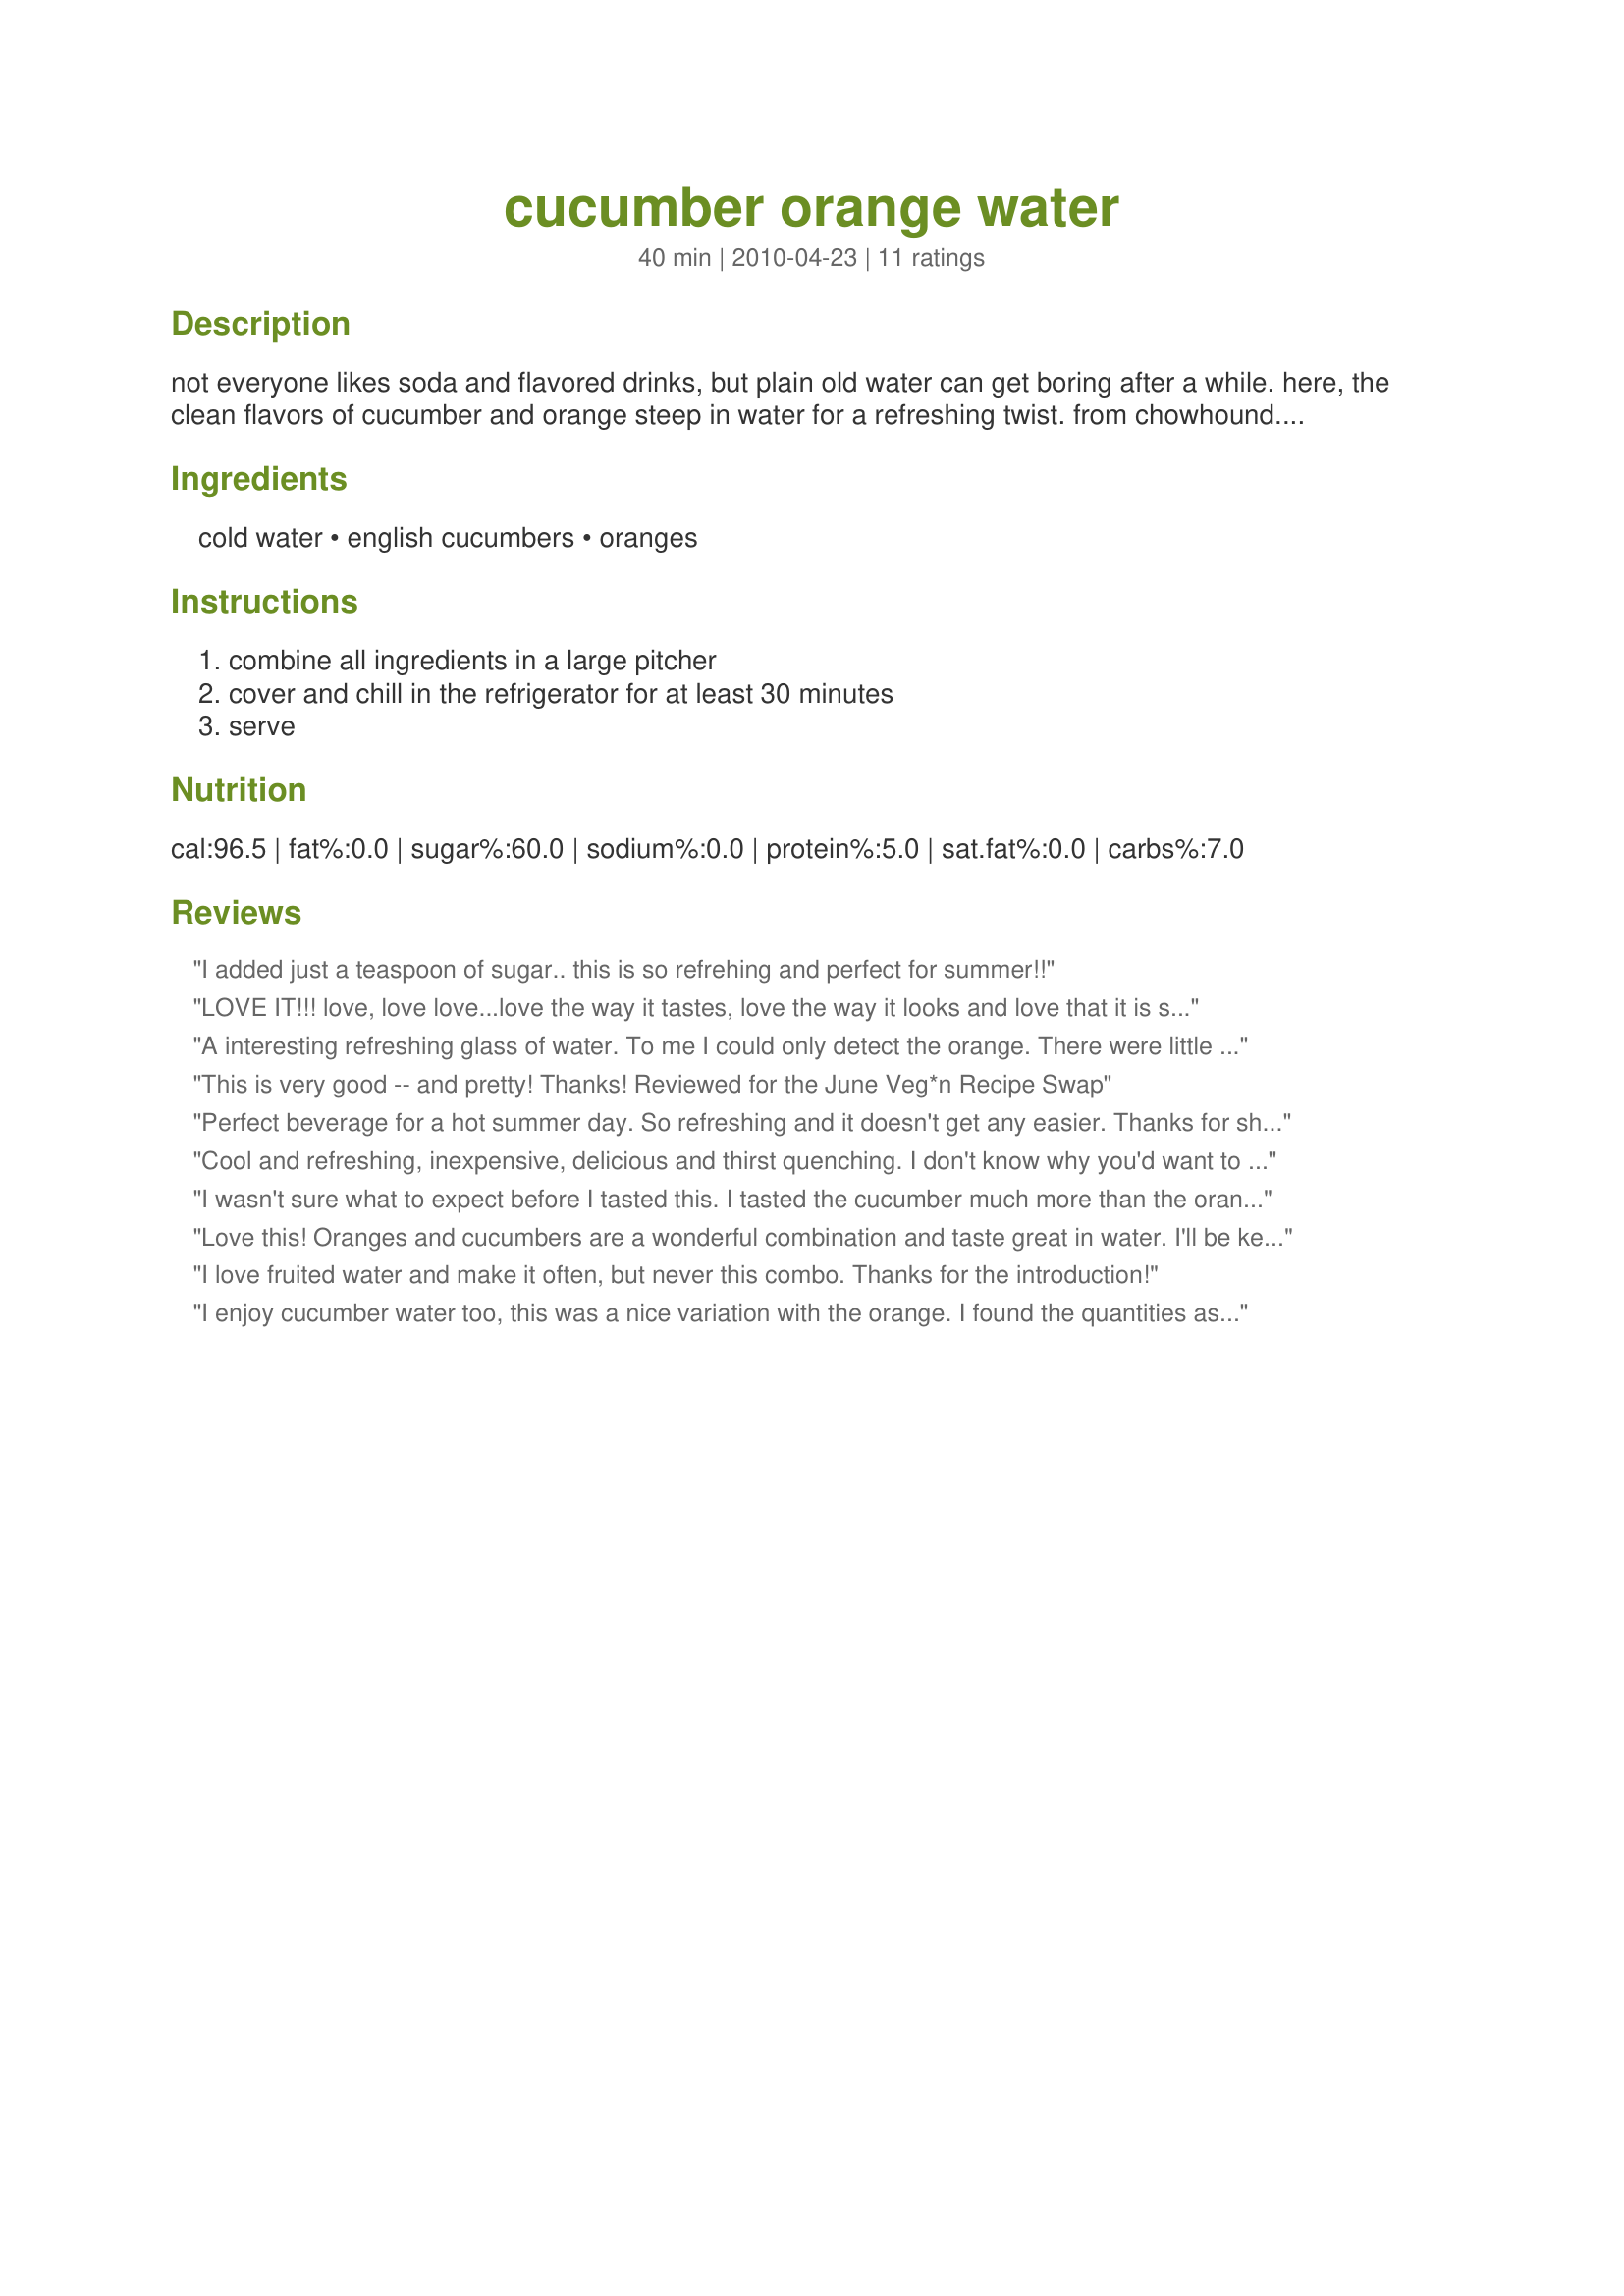
cucumber orange water
Preparation time: 40 minutes

not everyone likes soda and flavored drinks, but plain old water can get boring after a while. here, the clean flavors of cucumber and orange steep in water for a refreshing twist. from chowhound. cooking time is chilling time.

Ingredients:
cold water, english cucumbers, oranges

Steps:
combine all ingredients in a large pitcher, cover and chill in the refrigerator for at least 30 minutes, serve

Reviews:
I added just a teaspoon of sugar.. this is so refrehing and perfect for summer!!
LOVE IT!!! love, love love...love the way it tastes, love the way it looks and love that it is so easy!!!-I was getting a bit tired of lemon H2O alllll the time and heard good things about cuke water...while playing "I Recommend Tag" this was suggested as a option...we have a ton of citrus from family in FL right now so I jumped at the chance...will be a regular on my menu plan here on out..THANKS!!!
A interesting refreshing glass of water. To me I could only detect the orange. There were little bits floating in the glass which is not attractive. I used bottle spring water, medium navel orange slices and the called for English cucumber. Made for Veggie Swap 23.
This is very good -- and pretty! Thanks! Reviewed for the June Veg*n Recipe Swap
Perfect beverage for a hot summer day. So refreshing and it doesn't get any easier.
Thanks for sharing :)
Cool and refreshing, inexpensive, delicious and thirst quenching. I don't know why you'd want to add sugar to this, as that would defeat the purpose really. Added a fresh orange mint from the garden. Perfect! Reviewed for Veg Swap/Tag July.
I wasn't sure what to expect before I tasted this. I tasted the cucumber much more than the orange. I also added a spoonful of sugar to my glass. I think I will enjoy this much more when it gets really hot outside, and it will be much easier to drink than plain water. Thanks for the recipe!
Love this! Oranges and cucumbers are a wonderful combination and taste great in water. I'll be keeping of pitcher of this water in my fridge. Yum!
I love fruited water and make it often, but never this combo. Thanks for the introduction!
I enjoy cucumber water too, this was a nice variation with the orange. I found the quantities as written were ideal. Served as part of a buffet lunch....looked great!
This is so nice and refreshing! My favorite day spa serves something similar with lemon, but I never thought to try orange instead. Wonderful!
